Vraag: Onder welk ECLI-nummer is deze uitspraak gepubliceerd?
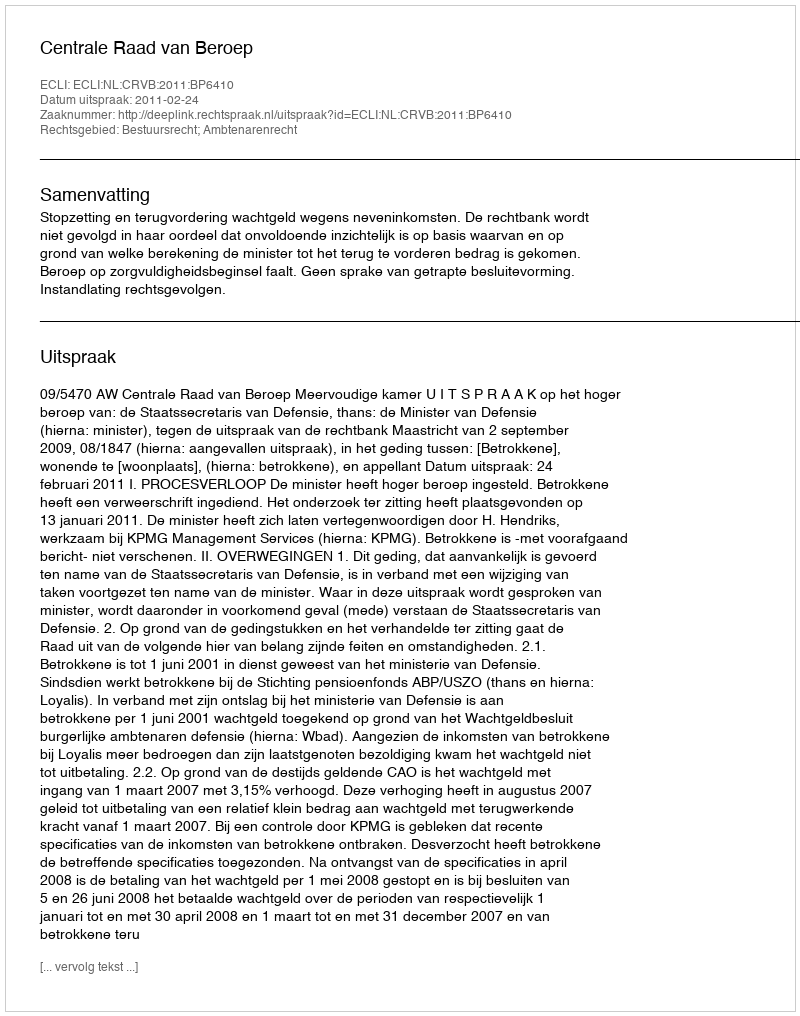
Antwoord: ECLI:NL:CRVB:2011:BP6410